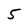
Character: 5